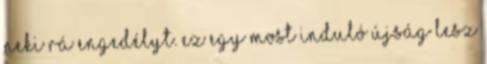
neki rá engedélyt. Ez egy most induló újság lesz